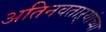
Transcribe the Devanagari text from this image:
अतिनवताऱ्यांच्या